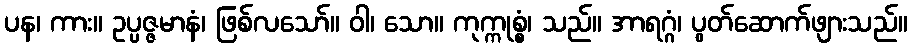
ပန၊ ကား။ ဥပ္ပဇ္ဇမာနံ၊ ဖြစ်လသော်။ ဝါ၊ သော။ ကုက္ကုစ္စံ၊ သည်။ အာရဂ္ဂံ၊ ပွတ်ဆောက်ဖျားသည်။